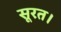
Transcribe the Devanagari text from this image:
सूरत।